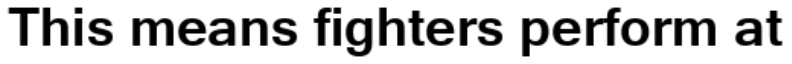
This means fighters perform at